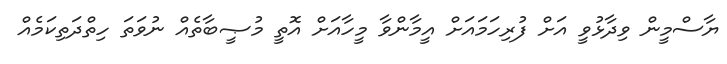
ޔާސްމީން ވިދާޅުވީ އަށް ފުރިހަމައަށް އީމާންވާ މީހާއަށް އޮތީ މުޞީބާތެއް ނުވަތަ ހިތްދަތިކަމެއް